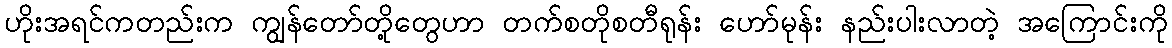
ဟိုးအရင်ကတည်းက ကျွန်တော်တို့တွေဟာ တက်စတိုစတီရုန်း ဟော်မုန်း နည်းပါးလာတဲ့ အကြောင်းကို